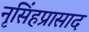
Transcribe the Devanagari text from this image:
नृसिंहप्रासाद